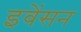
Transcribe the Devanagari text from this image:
इवेंसन